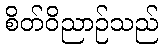
စိတ်ဝိညာဉ်သည်